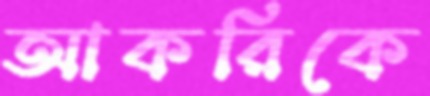
আকরিকে